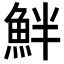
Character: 𩶐